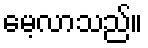
မေ့လာသည်။